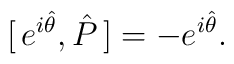
[ \, e^{ i \hat{\theta}} , \hat{P} \, ] = - e^{ i \hat{\theta}}.